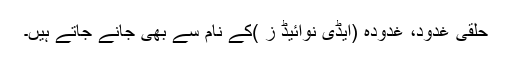
حلقی غدود، غدودہ (ایڈی نوائیڈ ز )کے نام سے بھی جانے جاتے ہیں۔